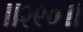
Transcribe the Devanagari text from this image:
॥२९०॥